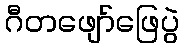
ဂီတဖျော်ဖြေပွဲ